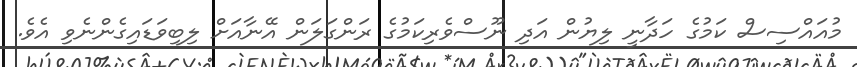
މުއައްސިސް ކަމުގެ ހަދާނީ ލިޔުން އަދި ނޫސްވެރިކަމުގެ ރަންގަލަން އޭނާއަށް ލިބިވަޑައިގެންނެވި އެވެ.